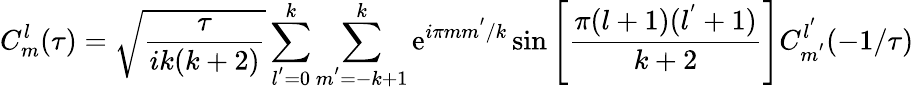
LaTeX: C_{m}^{l}(\tau)=\sqrt{\frac{\tau}{ik(k+2)}}\sum_{l^{'}=0}^{k}\sum_{m^{'}=-k+1}^{k}\mathrm{e}^{i\pi mm^{'}/k}\sin\left[\frac{\pi(l+1)(l^{'}+1)}{k+2}\right]C_{m^{'}}^{l^{'}}(-1/\tau)